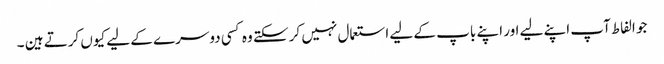
جو الفاط آپ اپنے لیے اور اپنے باپ کے لیے استعمال نہیں کر سکتے وہ کسی دوسرے کے لیے کیوں کرتے ہین ۔